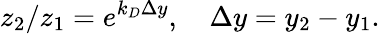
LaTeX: z_{2}/z_{1}=e^{k_{D}\Delta y},\quad\Delta y=y_{2}-y_{1}.